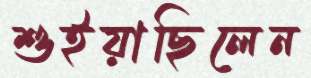
শুইয়াছিলেন